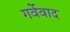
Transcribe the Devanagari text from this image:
गर्वेवाद